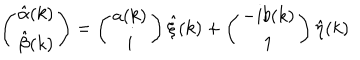
\left( \begin{array} { c } { { \hat { \alpha } ( k ) } } \\ { { \hat { \beta } ( k ) } } \\ \end{array} \right) = \left( \begin{array} { c } { { { a } ( k ) } } \\ { { i } } \\ \end{array} \right) \hat { \xi } ( k ) + \left( \begin{array} { c } { { - i { b } ( k ) } } \\ { { 1 } } \\ \end{array} \right) \hat { \eta } ( k )